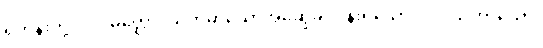
ရဟန်းတို့။ ပါပမိတ္တော၊ ယုတ်မာသောအဆွေခင်ပွန်းရှိသော။ ပါပသဟာယော၊